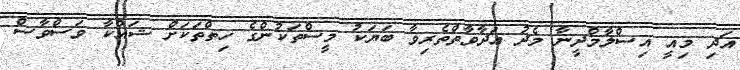
އަދި މިއީ އިސްލާމްދީނާ މެދު ޢަދާވާތްތެރިވާ ބަޔަކު މީސްތަކުންގެ ހިތްތަކަށް ޝައްކާ ވަސްވާސް